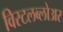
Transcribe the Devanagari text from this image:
विस्टलब्लोअर